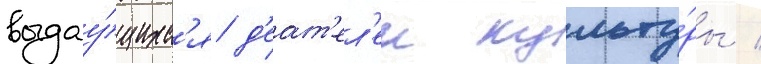
выдау́щихс'я д'еат'ел'еи культу́ры /